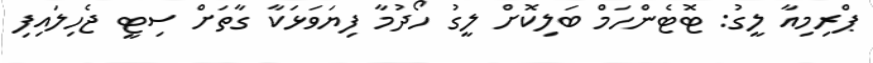
ޕްރިމިއާ ލީގު: ޓޮޓެންހަމް ބަލިކޮށް ލީގު ހޯދުމާ ފިޔަވަޅަކާ ގާތަށް ސިޓީ ޖެހިލައިފި